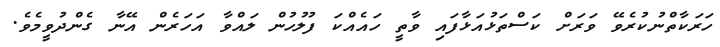
ހަރަކާތްނުކުރެވޭ ވަރަށް ކަސްތަޅުއަޅާފައި ވާތީ ހައެއްކަ ފުލުހުން ލައްވާ އަހަރެން އޭނާ ގެންދުވީމެވެ.